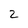
Character: 2